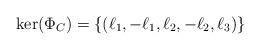
LaTeX: \begin{align*}{\rm ker}(\Phi_C)=\left\{\left(\ell_1,-\ell_1,\ell_2,-\ell_2,\ell_3\right)\right\}\end{align*}